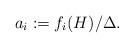
LaTeX: \begin{align*}a_i := f_{i}(H)/\Delta.\end{align*}